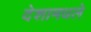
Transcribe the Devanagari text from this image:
देशामधले